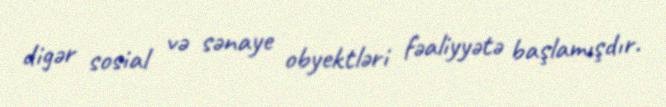
digər sosial və sənaye obyektləri fəaliyyətə başlamışdır.